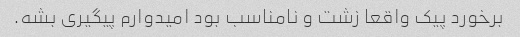
برخورد پیک واقعا زشت و نامناسب بود امیدوارم پیگیری بشه.